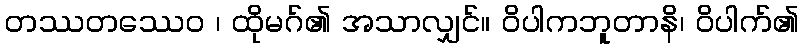
တဿတဿေဝ ၊ ထိုမဂ်၏ အသာလျှင်။ ဝိပါကဘူတာနိ၊ ဝိပါက်၏